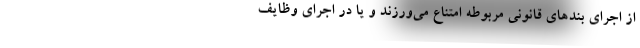
از اجرای بندهای قانونی مربوطه امتناع می‌ورزند و یا در اجرای وظایف